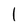
Character: l